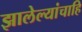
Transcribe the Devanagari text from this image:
झालेल्यांचाहि